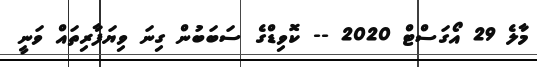
މާލެ 29 އޯގަސްޓް 2020 -- ކޮވިޑްގެ ސަބަބުން ގިނަ ވިޔަފާރިތައް ވަނީ